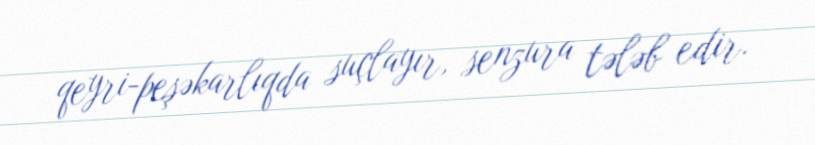
qeyri-peşəkarlıqda suçlayır, senzura tələb edir.